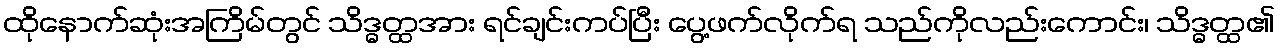
ထိုနောက်ဆုံးအကြိမ်တွင် သိဒ္ဓတ္ထအား ရင်ချင်းကပ်ပြီး ပွေ့ဖက်လိုက်ရ သည်ကိုလည်းကောင်း၊ သိဒ္ဓတ္ထ၏